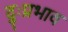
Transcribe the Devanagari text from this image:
दुःप्रभाव